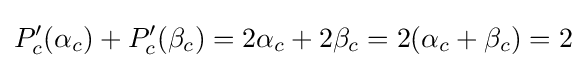
P_{c}'(\alpha _{c})+P_{c}'(\beta _{c})=2\alpha _{c}+2\beta _{c}=2(\alpha _{c}+\beta _{c})=2